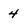
Character: 4